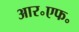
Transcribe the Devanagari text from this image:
आर॰एफ॰